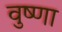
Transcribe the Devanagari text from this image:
वुष्णा